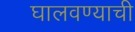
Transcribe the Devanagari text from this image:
घालवण्याची